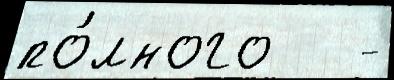
по́лного   -